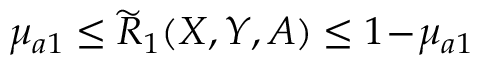
\mu _ { a 1 } \leq \widetilde { R } _ { 1 } ( X , Y , A ) \leq 1 \! - \! \mu _ { a 1 }